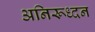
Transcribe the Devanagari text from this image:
अनिरूध्दन